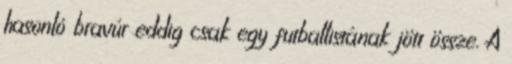
hasonló bravúr eddig csak egy futballistának jött össze. A